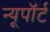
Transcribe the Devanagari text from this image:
न्यूपाॅर्ट